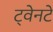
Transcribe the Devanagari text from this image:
ट्वेनटे